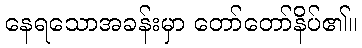
နေရသောအခန်းမှာ တော်တော်နိပ်၏။